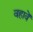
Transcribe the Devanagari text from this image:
वहावें